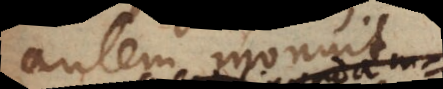
autem monuit